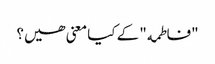
"فاطمه" کے کیا معنی ھیں؟